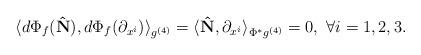
LaTeX: \begin{align*}\langle d\Phi_f(\mathbf{\hat N}),d\Phi_f(\partial_{x^i})\rangle_{g^{(4)}}=\langle \mathbf{\hat N},\partial_{x^i}\rangle_{\Phi^*g^{(4)}}=0,~\forall i=1,2,3.\end{align*}